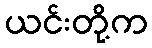
ယင်းတို့က